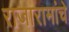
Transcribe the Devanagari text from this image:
राजारामांचे